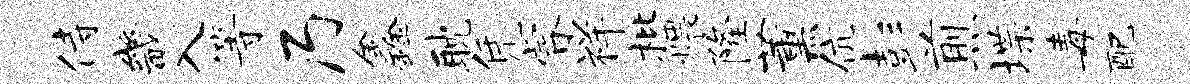
侍畿入等乃鑫耽凭睿祥枇煨隆薰伉彭煎堞毒配